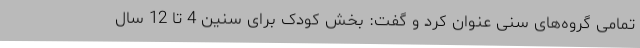
تمامی گروه‌های سنی عنوان کرد و گفت: بخش کودک برای سنین 4 تا 12 سال